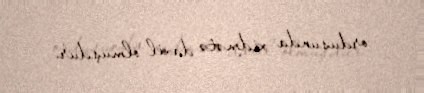
ordusunda xidmətə daxil olmuşdur.